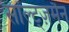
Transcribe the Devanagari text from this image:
सॉल्ट्ज़मैन